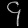
Digit: ၄